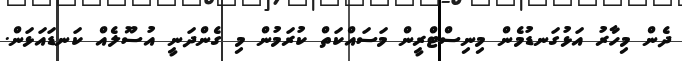
ދެން މިހާރު އަޅުގަނޑުމެން މިނިސްޓްރީން މަސައްކަތް ކުރަމުން މި ގެންދަނީ އުސޫލެއް ކަނޑައަޅަން.